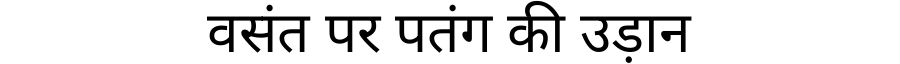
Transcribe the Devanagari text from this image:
वसंत पर पतंग की उड़ान